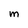
Character: M